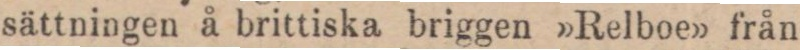
sättningen å brittiska briggen »Relboe» från